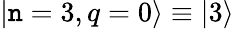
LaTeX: |\mathtt{n}=3,q=0\rangle\equiv|3\rangle